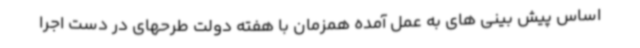
اساس پیش بینی های به عمل آمده همزمان با هفته دولت طرحهای در دست اجرا